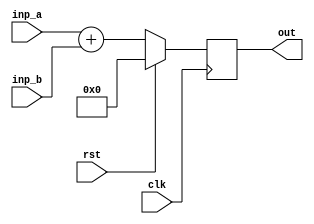
// This program was cloned from: https://github.com/steveicarus/ivtest
// License: GNU General Public License v2.0

module foo(clk, rst, inp_a, inp_b, out);
  input  wire clk;
  input  wire rst;
  input  wire [7:0] inp_a;
  input  wire [7:0] inp_b;
  output reg  [7:0] out;

  function [7:0] do_add;
    input [7:0] inp_a;
    input [7:0] inp_b;

    do_add = inp_a + inp_b;
  endfunction

  always @(posedge clk)
    if (rst) out <= 0;
    else     out <= do_add (* combinational_adder *) (inp_a, inp_b);

  initial begin
    $display("PASSED");
  end

endmodule